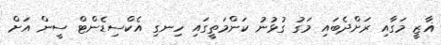
ޣާޒީ މަގާއި ރަށްދެބައި މަގު ގުޅުނު ކަންމަތީގައި ހިނގި އެކްސިޑެންޓް ސީން އަށް